Papers set at the Examination for Leaving Certificates, 1891
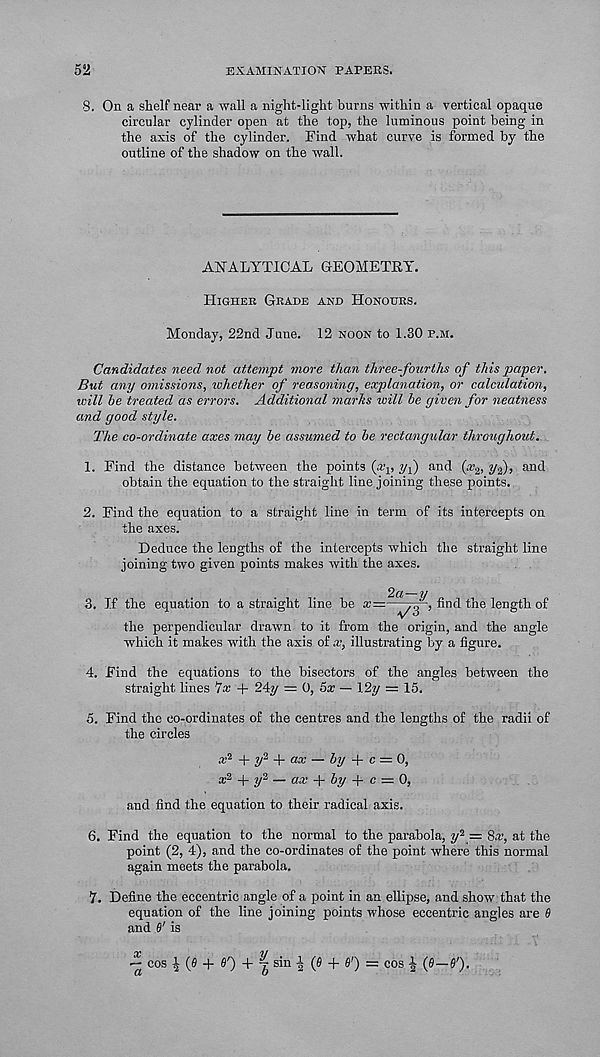
52
EXAMINATION' PAPERS.
8. On a shelf near a wall a night-light burns within a vertical opaque
circular cylinder open at the top, the luminous point being in
the axis of the cylinder. Find what curve is formed by the
outline of the shadow on the wall.
ANALYTICAL GEOMETEY.
Higher Grade and Honours.
Monday, 22nd June. 12 noon to 1.30 p.m.
Candidates need not attempt more than three-fourths of this paper.
But any omissions, ivhether of reasoning, explanation, or calculation,
will he treated as errors. Additional marks will be given for neatness
and good style.
The co-ordinate axes may he assumed to he rectangular throughout.
1. Find the distance between the points (x v jq) and (a; 2 , y 2 ), and
obtain the equation to the straight line joining these points.
2. Find the equation to a straight line in term of its intercepts on
the axes.
Deduce the lengths of the intercepts which the straight line
joining two given points makes with the axes.
3. If the equation to a straight line be
find the length of
the perpendicular drawn to it from the origin, and the angle
which it makes with the axis of x, illustrating by a figure.
4. Find the equations to the bisectors of the angles between the
straight lines 7x + 24y = 0, 5» — I2y = 15.
5. Find the co-ordinates of the centres and the lengths of the radii of
the circles
•t 2 + y 2 -\- ax — by -j- c = 0,
x 2 4-2/2 — ax + by + c =z 0,
and find the equation to their radical axis.
6. Find the equation to the normal to the parabola, y 2 = Sat, at the
point (2, 4), and the co-ordinates of the point where this normal
again meets the parabola.
7. Define the eccentric angle of a point in an ellipse, and show that the
equation of the line joining points whose eccentric angles are 6
and 6 r is
cos | (0 + #0 + f s^n 2 + 00 =: cos 2 (0—00-